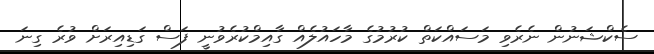
ސެކްޝަނުން ނެރެވި މަސައްކަތް ކުރުމުގެ މާހައުލެއް ގާއިމްކުރެވުނީ ފަސް ގަޑިއިރަށް ވުރެ ގިނަ